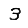
Digit: 3